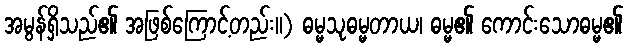
အမွန်ရှိသည်၏ အဖြစ်ကြောင့်တည်း။) ဓမ္မသုဓမ္မတာယ၊ ဓမ္မ၏ ကောင်းသောဓမ္မ၏